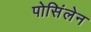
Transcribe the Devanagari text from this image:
पोसिंलेन